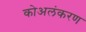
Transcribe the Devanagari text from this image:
कोअलंकरण